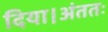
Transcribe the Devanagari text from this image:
दिया।अंततः